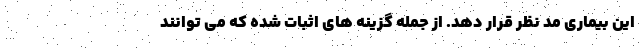
این بیماری مد نظر قرار دهد. از جمله گزینه های اثبات شده که می توانند